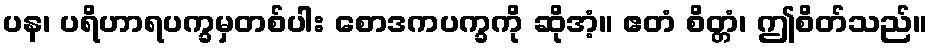
ပန၊ ပရိဟာရပက္ခမှတစ်ပါး စောဒကပက္ခကို ဆိုအံ့။ ဧတံ စိတ္တံ၊ ဤစိတ်သည်။